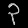
Digit: ၃